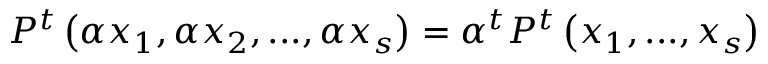
P ^ { t } \left( \alpha x _ { 1 } , \alpha x _ { 2 } , . . . , \alpha x _ { s } \right) = { \alpha } ^ { t } P ^ { t } \left( x _ { 1 } , . . . , x _ { s } \right)